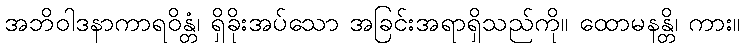
အဘိဝါဒနာကာရဝိန္တံ၊ ရှိခိုးအပ်သော အခြင်းအရာရှိသည်ကို။ ထောမနန္တိ၊ ကား။